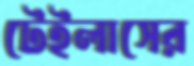
টেইলাসের